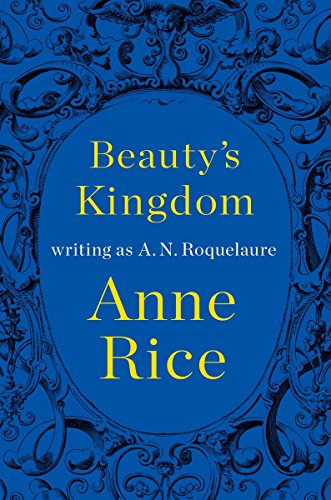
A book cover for Beauty's Kingdom; A. N. Roquelaure; Romance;